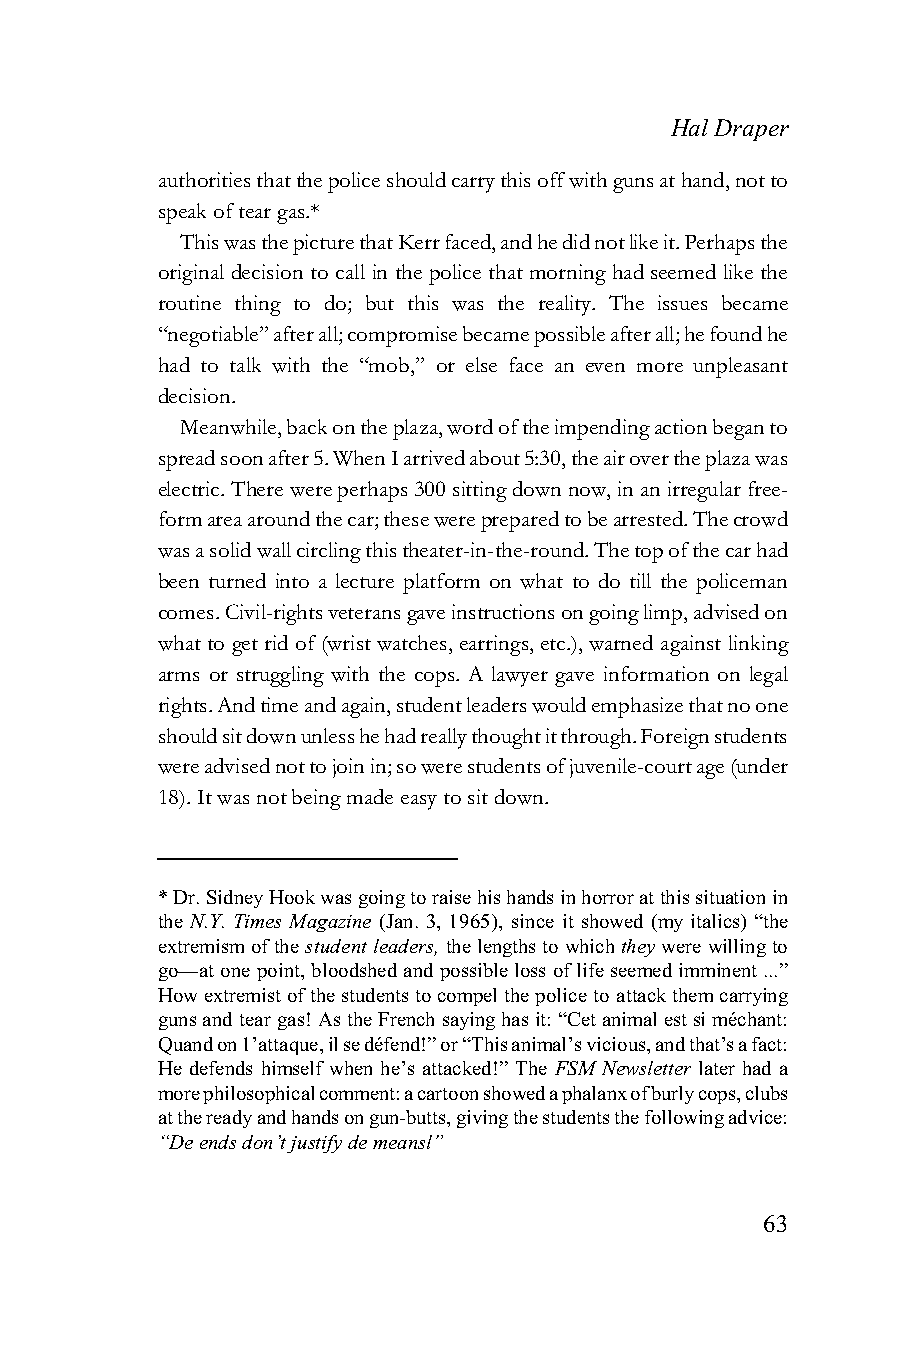
Hal Draper
 authorities that the police should carry this off with guns at hand, not to
 speak of tear gas.*
 This was the picture that Kerr faced, and he did not like it. Perhaps the
 original decision to call in the police that morning had seemed like the
 routine thing to do; but this was the reality. The issues became
 “negotiable” after all; compromise became possible after all; he found he
 had to talk with the “mob,” or else face an even more unpleasant
 decision.
 Meanwhile, back on the plaza, word of the impending action began to
 spread soon after 5. When I arrived about 5:30, the air over the plaza was
 electric. There were perhaps 300 sitting down now, in an irregular free-
 form area around the car; these were prepared to be arrested. The crowd
 was a solid wall circling this theater-in-the-round. The top of the car had
 been turned into a lecture platform on what to do till the policeman
 comes. Civil-rights veterans gave instructions on going limp, advised on
 what to get rid of (wrist watches, earrings, etc.), warned against linking
 arms or struggling with the cops. A lawyer gave information on legal
 rights. And time and again, student leaders would emphasize that no one
 should sit down unless he had really thought it through. Foreign students
 were advised not to join in; so were students of juvenile-court age (under
 18). It was not being made easy to sit down.
 * Dr. Sidney Hook was going to raise his hands in horror at this situation in
 the N.Y. Times Magazine (Jan. 3, 1965), since it showed (my italics) “the
 extremism of the student leaders, the lengths to which they were willing to
 go—at one point, bloodshed and possible loss of life seemed imminent ...”
 How extremist of the students to compel the police to attack them carrying
 guns and tear gas! As the French saying has it: “Cet animal est si méchant:
 Quand on 1’attaque, il se défend!” or “This animal’s vicious, and that’s a fact:
 He defends himself when he’s attacked!” The FSM Newsletter later had a
 more philosophical comment: a cartoon showed a phalanx of burly cops, clubs
 at the ready and hands on gun-butts, giving the students the following advice:
 “De ends don’t justify de meansl”
 63